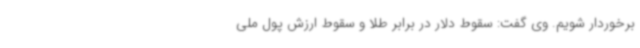
برخوردار شویم. وی گفت: سقوط دلار در برابر طلا و سقوط ارزش پول ملی